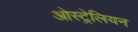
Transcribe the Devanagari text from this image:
ओस्ट्रेलियन